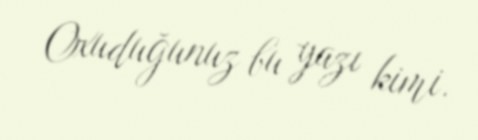
Oxuduğunuz bu yazı kimi.